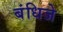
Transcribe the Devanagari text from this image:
बंधिजे